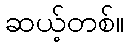
ဆယ့်တစ်။